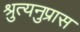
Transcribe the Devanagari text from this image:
श्रुत्यनुप्रास